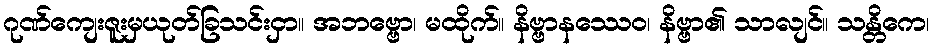
ဂုဏ်ကျေးဇူးမှယုတ်ခြသင်းငှာ။ အဘဗ္ဗော၊ မထိုက်။ နိဗ္ဗာနဿေဝ၊ နိဗ္ဗာ၏ သာလျင်။ သန္တိကေ၊